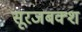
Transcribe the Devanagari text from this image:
सूरजबक्श